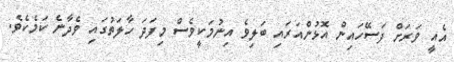
އެއީ ވަރަށް ފަސޭހައިން އޮޅުންއަރައި ބަލިވެ އިނުމަކީވެސް މިފަދަ ހާލަތުގައި ވެދާނެ ކަމެކެވެ.